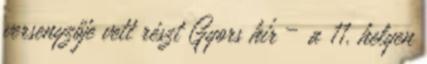
versenyzője vett részt Gyors hír – a 11. helyen